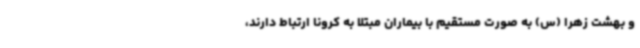
و بهشت زهرا (س) به صورت مستقیم با بیماران مبتلا به کرونا ارتباط دارند،